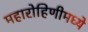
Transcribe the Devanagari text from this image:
महारोहिणीमध्ये